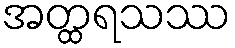
အတ္ထရသဿ